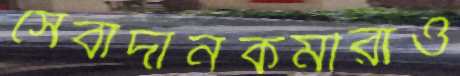
সেবাদানকর্মীরাও